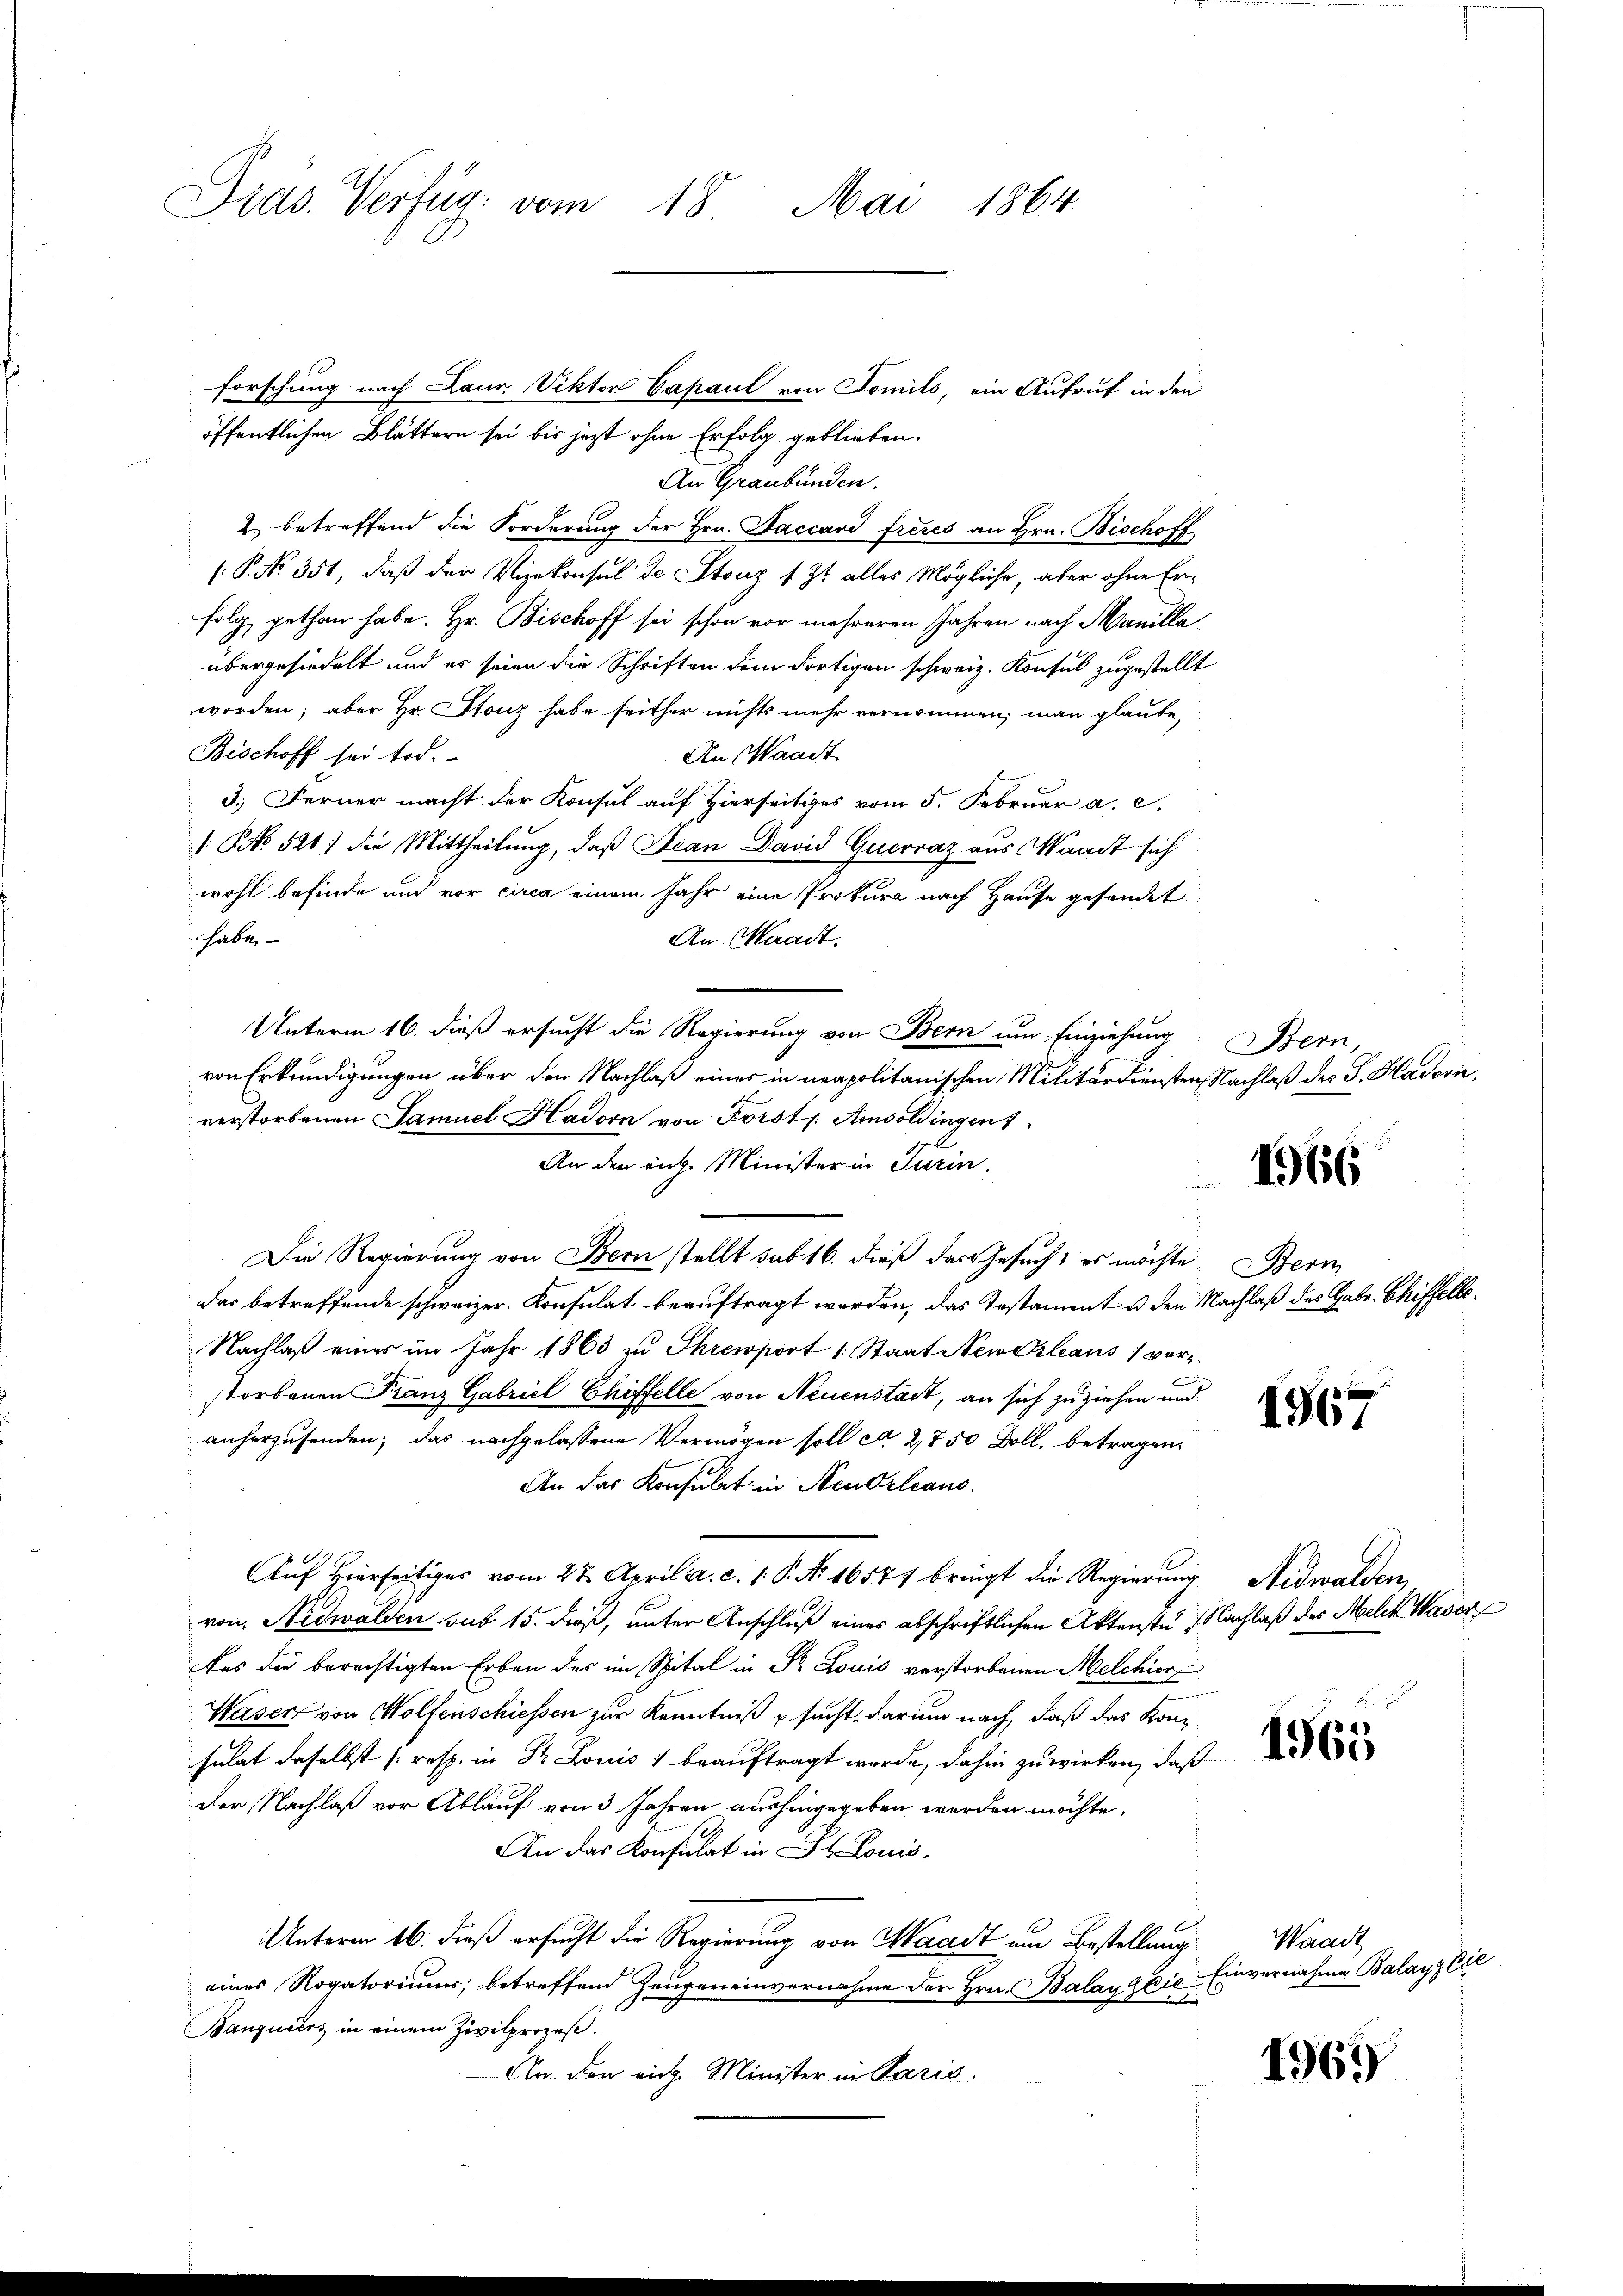
Präs. Verfüg vom 18. Mai 1864.

Die Regierung von Bern stellt sub 16. dieß das Gesuch, es möchte

forschung nach Laur. Viktor Capaul von Tomils, ein Aufruf in den
öffentlichen Blättern sei bis jezt ohne Erfolg geblieben.
An Graubünden.
2.) betreffend die Forderung der Hrn. Baccard freies an Hrn. Bischoff
(P. No. 351, daß der Vizekonsul de Stonz 1. Zt. alles Mögliche, aber ohne Erz
folg, gethan habe. Hr. Bischoff sei schon vor mehreren Jahren nach Manilla
übergesiedelt und es seien die Schriften dem dortigen schweiz. Konsul zugestellt
worden; aber Hr. Stonz habe seither nichts mehr vernommen, man glaube,
Bischoff sei tod.
An Waadt
3.) Ferner macht der Konsul auf Hierseitiges vom 5. Februar a. c.
/: No 521) die Mittheilung, daß Jean David Guervaz aus Waadt sich
wohl befinde und vor circa einem Jahr eine Prokura nach Hause gefandet
habe
An Waadt.
Unterm 16. dieß ersucht die Regierung von Bern um Einziehung
von Erkundigungen über den Nachlaß einer in neapolitanischen Militärdiensten Nachlaß des G. Hadorn
verstorbenen Samuel Hadorn von Förstl. Amsoldingen
An den eng. Minister in Turin.
das betreffende schweizer. Konsulat beauftragt werden, das Testament u den Nachlaß des Gabe. Chiffelle
Nachlaß eines im Jahr 1863 zu Ihremport 1. Staat Newozleaus 1 verstorbenen Franz Gabriel Chiffelle von Neuenstadt, an sich zuziehen und
anherzusenden; das nachgelassene Vermögen soll ca 2,750 Doll, betragen,
An das Konsulat in Neudrleans
Auf Hierseitiges vom 27. April a. c. 1. P. Nr. 16571 bringt die Regierung
von Nidwalden sub 15. dieß, unter Anschluß eines abschriftlichen Aktenste Nachlaß des Melck Wader
fes die berechtigten Erben des im Spital in Dr. Louis verstorbenen Melchior
Waser von Wolfenschiessen zur Kenntniß & sucht, darum nach, daß das Konsulat daselbst (resp. in St. Louis 1 beauftragt werde, dahin zuwirken, daß
der Nachlaß vor Ablauf von 3 Jahren aushingegeben werden möchte.
An das Konsulat in St. Louis.
Unterm 16. dieß ersucht die Regierung von Waadt um Bestellung
eines Rogatoriums, betreffend Zeugen einvernahme der Hrn. Balay die Einvernahme Balayz Cil
e
Banquierz in einem Zivilprozeß.
An den rich Minister in Paris.

Bern,

1966

Bern

1967

Nidwalden,

1965

1969

Waadt